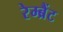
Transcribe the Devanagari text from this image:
रेम्ब्रैंट